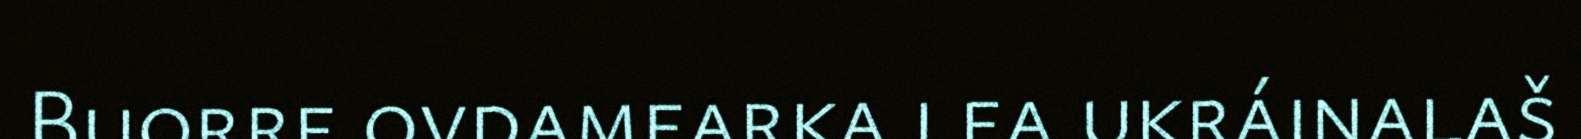
Buorre ovdamearka lea ukráinalaš